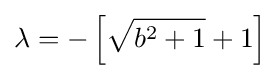
\lambda =-\left[{\sqrt {b^{2}+1}}+1\right]